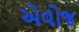
એવોજ